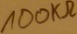
Text: 100KΩ